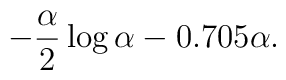
- \frac{\alpha }{2}\log \alpha - 0.705\alpha .